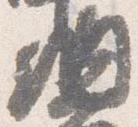
納